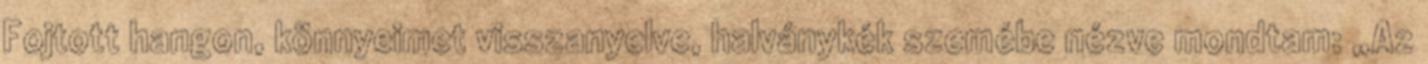
Fojtott hangon, könnyeimet visszanyelve, halványkék szemébe nézve mondtam: „Az